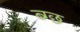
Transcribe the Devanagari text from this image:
ब्ग्छ